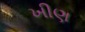
ખીણ